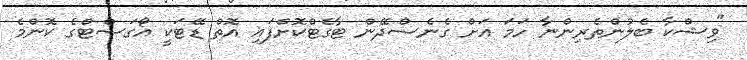
"ވިޝްކާ ބެލުންތެރިންނާ ހަމަ އަށް ގެނެސްދޭން ޓާގެޓްކޮށްފައި އޮތް ޑޭޓަކީ އޯގަސްޓްގެ ކޮންމެ